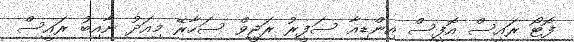
ފޮޓޯ ރައީސް އޮފީސް އިންޑިއާ ސަފީރު ރަޖީވް ސަހާރޭ މިއަދު ނާއިބު ރައީސް